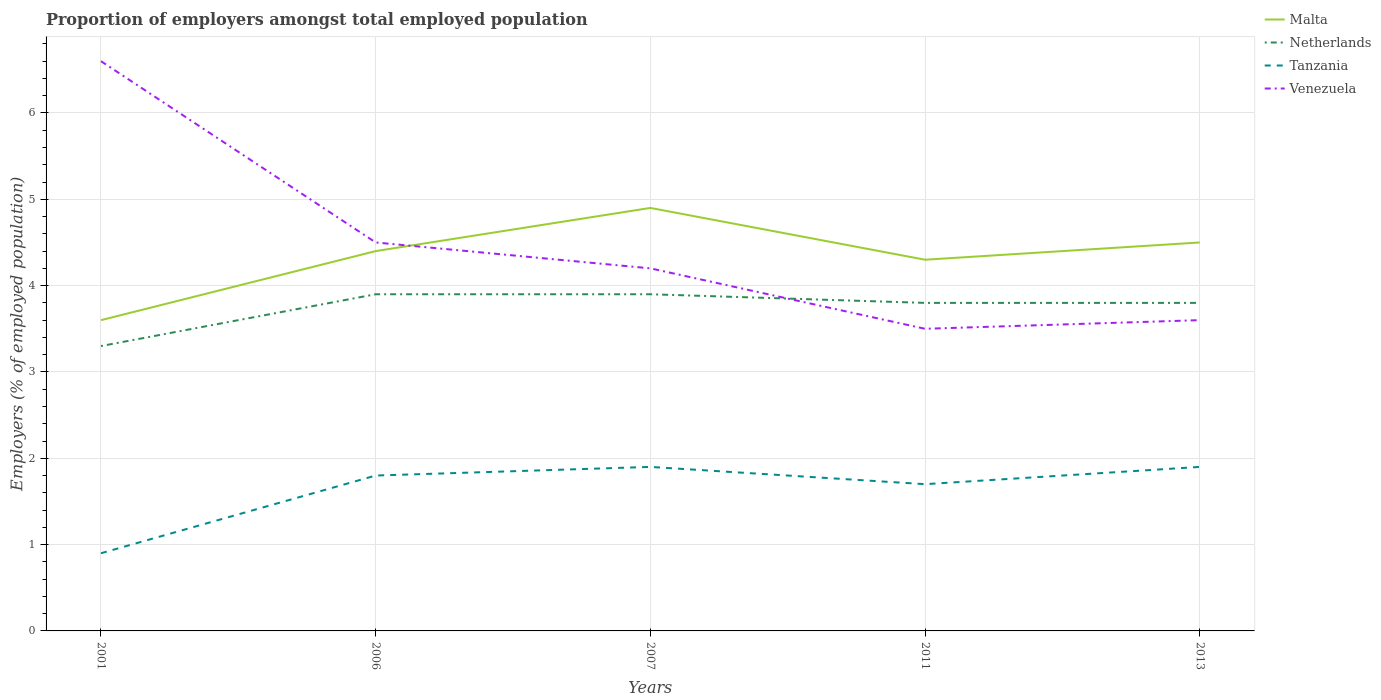
| Years | Malta | Netherlands | Tanzania | Venezuela |
 | --- | --- | --- | --- | --- |
 | 2001 | 3.6 | 3.3 | 0.9 | 6.6 |
 | 2006 | 4.4 | 3.9 | 1.8 | 4.5 |
 | 2007 | 4.9 | 3.9 | 1.9 | 4.2 |
 | 2011 | 4.3 | 3.8 | 1.7 | 3.5 |
 | 2013 | 4.5 | 3.8 | 1.9 | 3.6 |